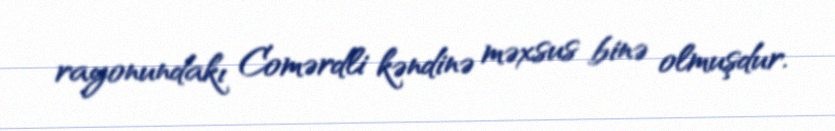
rayonundakı Comərdli kəndinə məxsus binə olmuşdur.